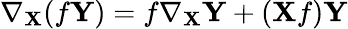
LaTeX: \nabla_{\mathbf{X}}(f\mathbf{Y})=f\nabla_{\mathbf{X}}\mathbf{Y}+(\mathbf{X}f)\mathbf{Y}